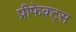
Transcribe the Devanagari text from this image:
प्रीफेक्ट्स